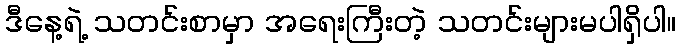
ဒီနေ့ရဲ့ သတင်းစာမှာ အရေးကြီးတဲ့ သတင်းများမပါရှိပါ။